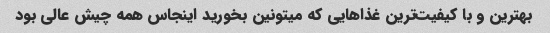
بهترین و با کیفیت‌ترین غذاهایی که میتونین بخورید اینجاس همه چیش عالی بود